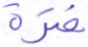
فترة